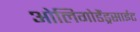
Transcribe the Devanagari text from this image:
ओलिगोडैंड्रसाईट